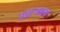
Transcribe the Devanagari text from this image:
उताऱ्याला